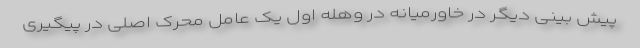
پیش بینی دیگر در خاورمیانه در وهله اول یک عامل محرک اصلی در پیگیری